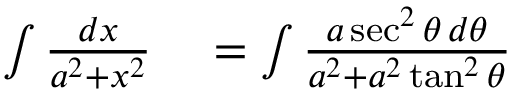
\begin{array} { r l } { \int { \frac { d x } { a ^ { 2 } + x ^ { 2 } } } } & { { } = \int { \frac { a \sec ^ { 2 } \theta \, d \theta } { a ^ { 2 } + a ^ { 2 } \tan ^ { 2 } \theta } } } \end{array}